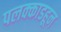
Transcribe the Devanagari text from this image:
पलक्काडहून